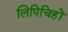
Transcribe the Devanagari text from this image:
लिपिचिहों